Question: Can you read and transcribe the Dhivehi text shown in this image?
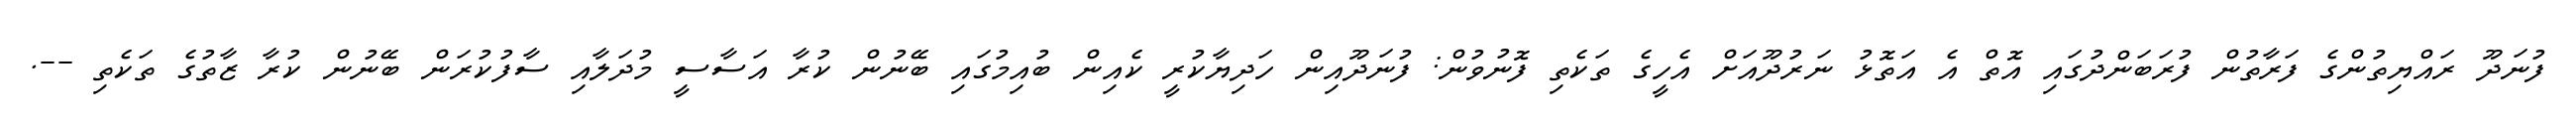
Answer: ފުނަދޫ ރައްޔިތުންގެ ފަރާތުން ފުރަބަންދުގައި އޮތް އެ އަތޮޅު ނަރުދޫއަށް އެހީގެ ތަކެތި ފޮނުވުން: ފުނަދޫއިން ހަދިޔާކުރީ ކެއިން ބުއިމުގައި ބޭނުން ކުރާ އަސާސީ މުދަލާއި ސާފުކުރަން ބޭނުން ކުރާ ޒާތުގެ ތަކެތި --.